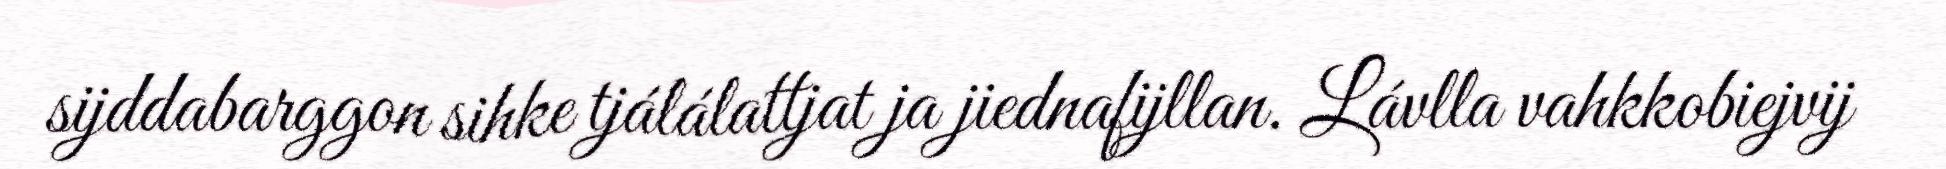
sijddabarggon sihke tjálálattjat ja jiednafijllan. Lávlla vahkkobiejvij